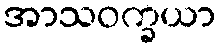
အာသဝက္ခယာ